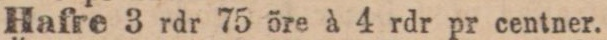
Hafre 3 rdr 75 öre à 4 rdr pr centner.